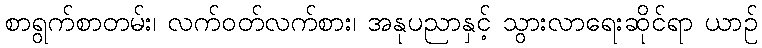
စာရွက်စာတမ်း၊ လက်ဝတ်လက်စား၊ အနုပညာနှင့် သွားလာရေးဆိုင်ရာ ယာဉ်